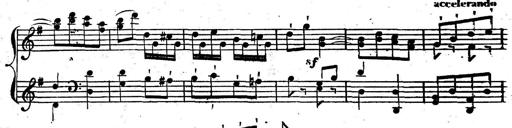
Title: Nouvelle Sonatine facile et agrÃ©able
Composer: Ignaz Moscheles
Key: G major